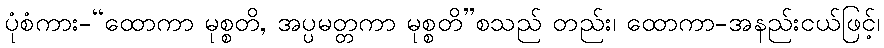
ပုံစံကား-“ထောကာ မုစ္စတိ, အပ္ပမတ္တကာ မုစ္စတိ”စသည် တည်း၊ ထောကာ-အနည်းငယ်ဖြင့်၊